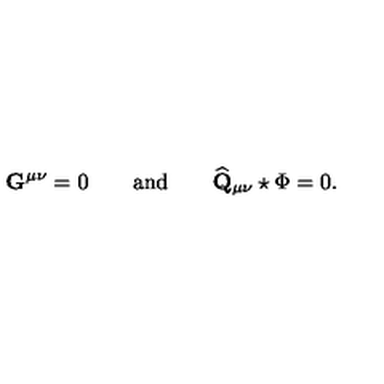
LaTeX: \mathbf { G } ^ { \mu \nu } = 0 \qquad \mathrm { a n d } \qquad \widehat { \mathbf { Q } } _ { \mu \nu } \star \Phi = 0 .